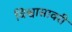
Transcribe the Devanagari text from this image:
विश्वासावरी